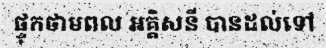
ផ្ទុកថាមពល អគ្គិសនី បានដល់ទៅ